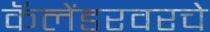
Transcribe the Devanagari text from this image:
कॅलेंडरवरचे